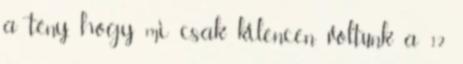
a tény, hogy mi csak kilencen voltunk a 12